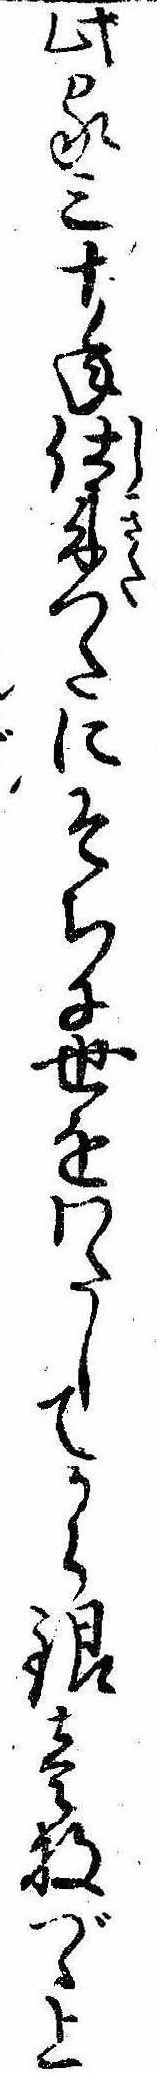
此家三十年仕来つたにそちに世をわたしてから銀壱枚づゝ上